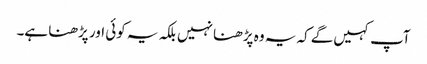
آپ کہیں‌گے کہ یہ وہ پڑھنا نہیں بلکہ یہ کوئی اور پڑھنا ہے۔